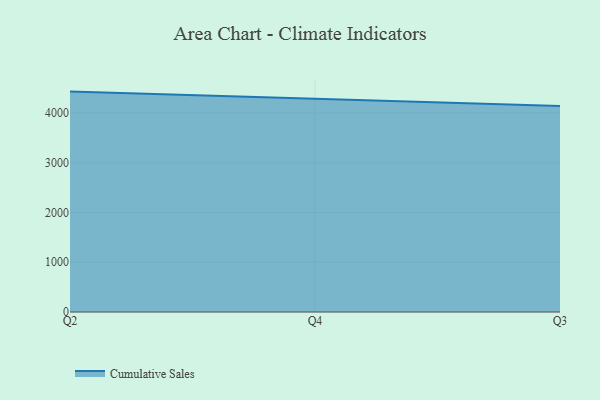
{"axis": {"x": "Quarter", "y": "Waste Production (Tons)"}, "legend": ["Cumulative Sales"], "data": [{"x": "Q2", "y": 4430.2, "type": "Cumulative Sales"}, {"x": "Q4", "y": 4287.6, "type": "Cumulative Sales"}, {"x": "Q3", "y": 4139.3, "type": "Cumulative Sales"}]}